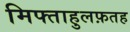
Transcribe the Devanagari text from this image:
मिफ्ताहुलफ़तह